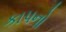
કાપનો